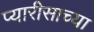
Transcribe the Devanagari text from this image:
प्यारीसाच्या